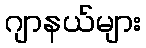
ဂျာနယ်များ